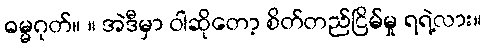
ဓမ္မဂုတ်။ ။ အဲဒီမှာ ဝါဆိုတော့ စိတ်တည်ငြိမ်မှု ရရဲ့လား။